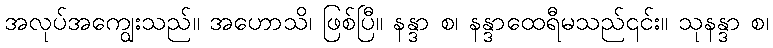
အလုပ်အကျွေးသည်။ အဟောသိ၊ ဖြစ်ပြီ။ နန္ဒာ စ၊ နန္ဒာထေရီမသည်၎င်း။ သုနန္ဒာ စ၊